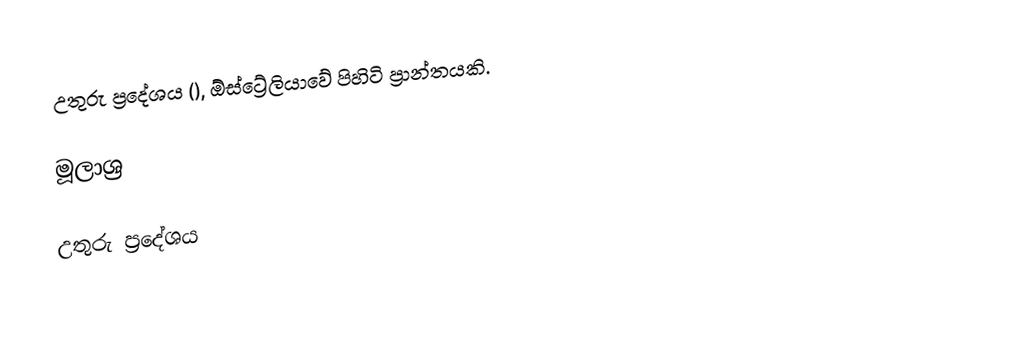
උතුරු ප්‍රදේශය (), ඕස්ට්‍රේලියාවේ පිහිටි ප්‍රාන්තයකි.

මූලාශ්‍ර

උතුරු ප්‍රදේශය